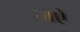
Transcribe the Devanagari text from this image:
मऐ